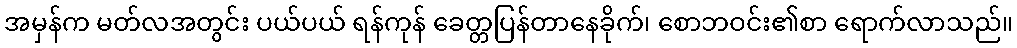
အမှန်က မတ်လအတွင်း ပယ်ပယ် ရန်ကုန် ခေတ္တပြန်တာနေခိုက်၊ စောဘဝင်း၏စာ ရောက်လာသည်။